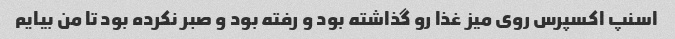
اسنپ اکسپرس روی میز غذا رو گذاشته بود و رفته بود و صبر نکرده بود تا من بیایم